Civil Veterinary Dept. Bombay admin report 1900-1906 - 1900-1906
Year: 1900
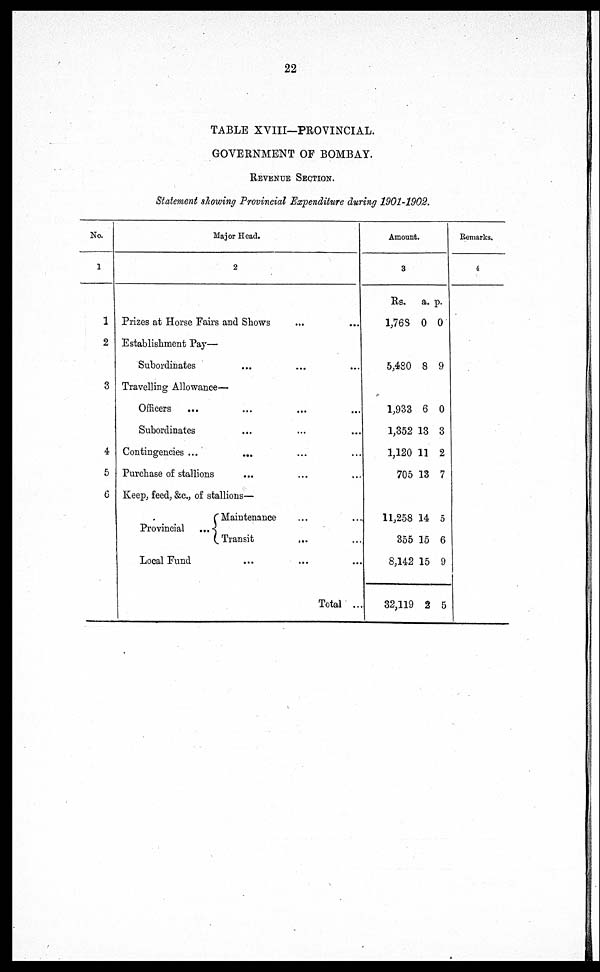
22
TABLE XVIII—PROVINCIAL.
GOVERNMENT OF BOMBAY.
REVENUE SECTION.
Statement showing Provincial Expenditure during 1901-1902.
No.
1
1
2
3
4
5
6
Major Head.
2
Prizes at Horse Fairs and Shows ... ...
Establishment Pay—
Subordinates ... ... ...
Travelling Allowance—
Officers
... ... ... ...
Subordinates ... ... ...
Contingencies ... ... ... ...
Purchase of stallions ... ... ...
Keep, feed, &c., of stallions—
Provincial ...
Maintenance ... ...
Transit ... ...
Local Fund ... ... ...
Total ...
Amount.
3
Rs.
1,768
a.
0
p.
0
5,480 8 9
1,933
1,352
1,120
705
6
13
11
13
0
3
2
7
11,258
355
8,142
32,119
14
15
15
2
5
6
9
5
Remarks.
4